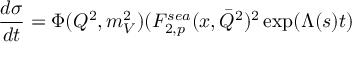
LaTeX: \frac { d \sigma } { d t } = \Phi ( Q ^ { 2 } , m _ { V } ^ { 2 } ) ( F _ { 2 , p } ^ { s e a } ( x , \bar { Q } ^ { 2 } ) ^ { 2 } \exp ( \Lambda ( s ) t )